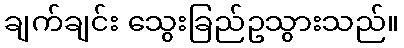
ချက်ချင်း သွေးခြည်ဥသွားသည်။